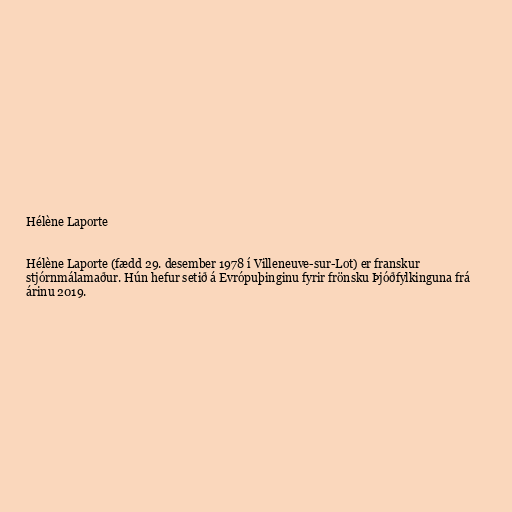
Hélène Laporte

Hélène Laporte (fædd 29. desember 1978 í Villeneuve-sur-Lot) er franskur
stjórnmálamaður. Hún hefur setið á Evrópuþinginu fyrir frönsku Þjóðfylkinguna frá
árinu 2019.